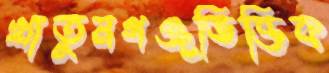
খাতুনগঞ্জভিত্তিক